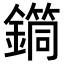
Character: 𨬎